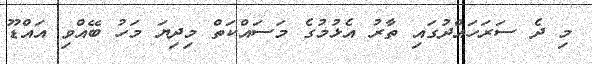
މި ދެ ސަރަހައްދުގައި ތާރު އެޅުމުގެ މަސައްކަތް މިދިޔަ މަހު ބޭއްވި އައްޑޫ